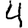
Digit: 4